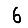
Digit: 6